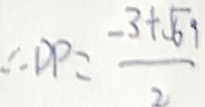
\therefore D P = \frac { - 3 + \sqrt { 6 9 } } { 2 }